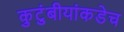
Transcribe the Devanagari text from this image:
कुटुंबीयांकडेच